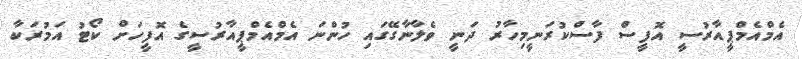
އެމްއެމްޕީއާރުސީ އޮފީސް ފާސްކުރަނީމިހާރު ދަނީ ވެލާނާގޭގައި ހުންނަ އެމްއެމްޕީއާރުސީގެ އޮފީހަށް ކޯޓު އަމުރަކާ